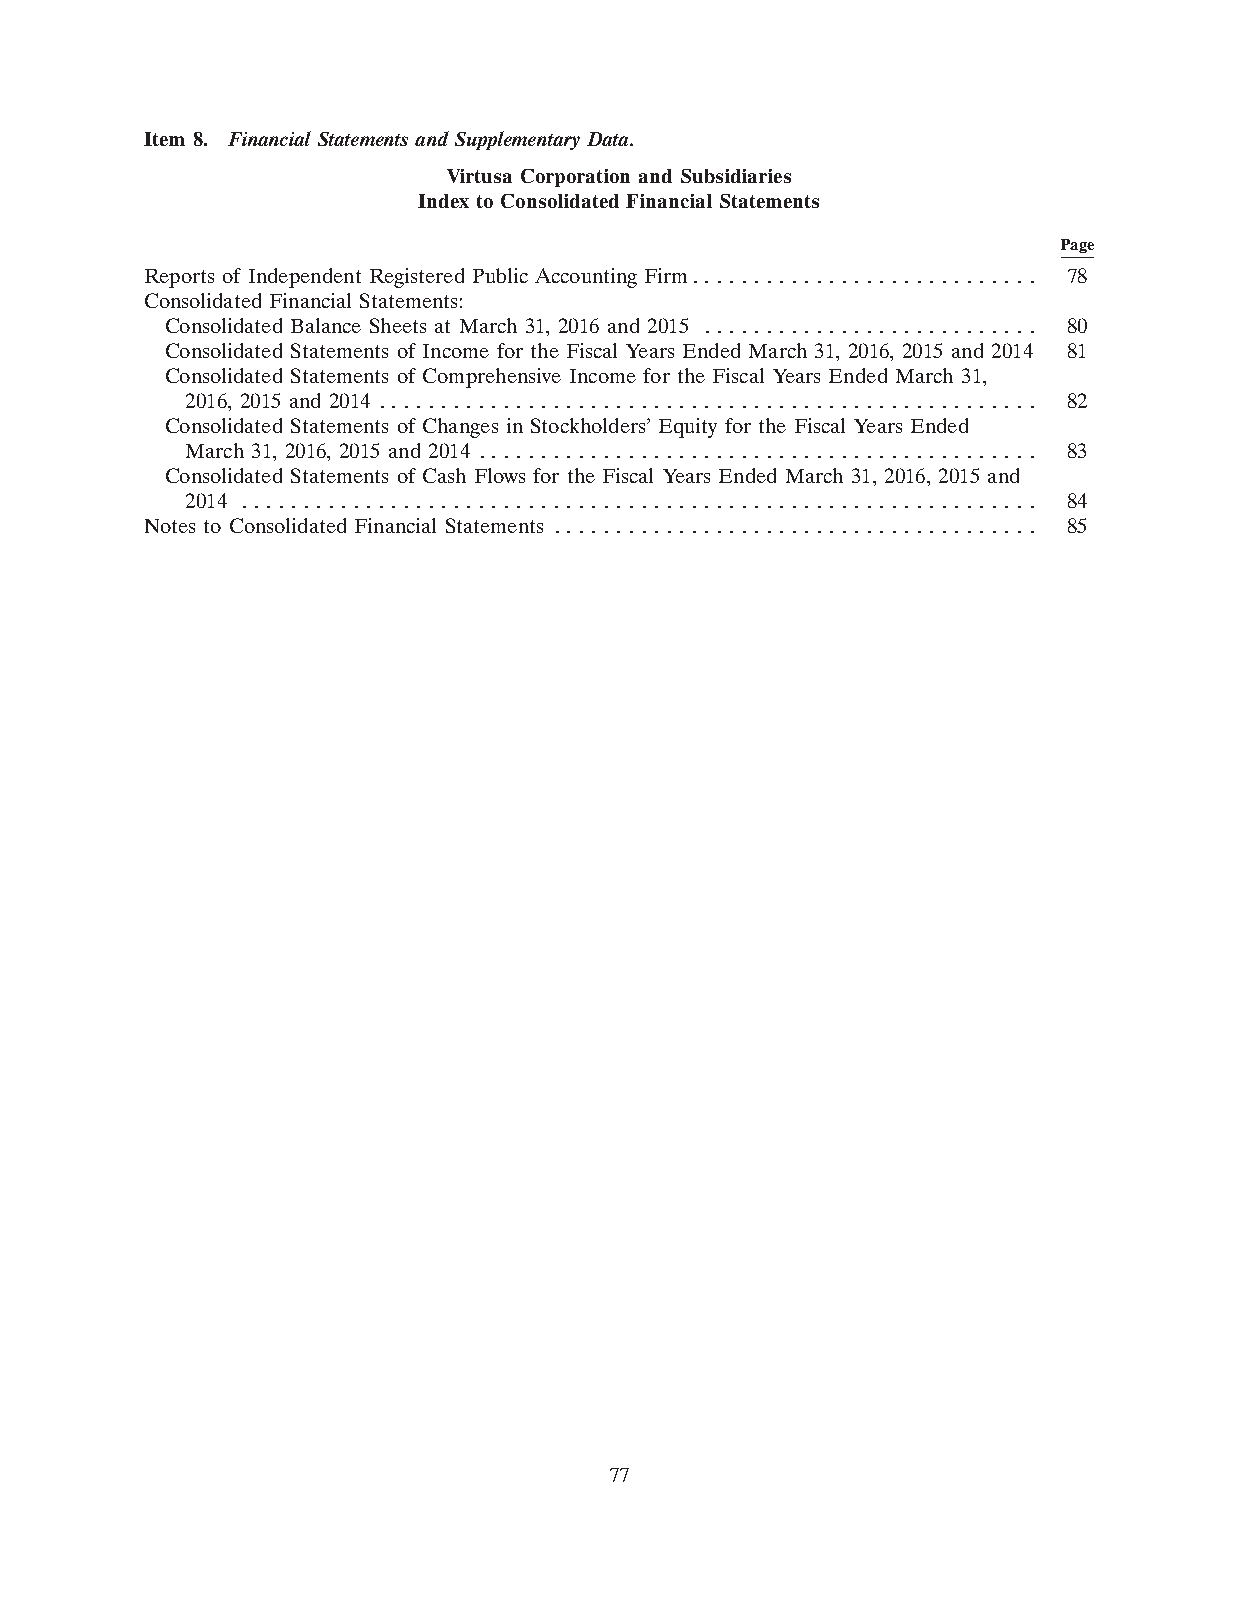
Item 8. Financial Statements and Supplementary Data.
 Virtusa Corporation and Subsidiaries
 Index to Consolidated Financial Statements
 Page
 Reports of Independent Registered Public Accounting Firm. . . . . . . . . . . . . . . . . . . . . . . . . . . . 78
 Consolidated Financial Statements:
 Consolidated Balance Sheets at March 31, 2016 and 2015 . . . . . . . . . . . . . . . . . . . . . . . . . . . 80
 Consolidated Statements of Income for the Fiscal Years Ended March 31, 2016, 2015 and 2014 81
 Consolidated Statements of Comprehensive Income for the Fiscal Years Ended March 31,
 2016, 2015 and 2014 . . . . . . . . . . . . . . . . . . . . . . . . . . . . . . . . . . . . . . . . . . . . . . . . . . . . . 82
 Consolidated Statements of Changes in Stockholders’ Equity for the Fiscal Years Ended
 March 31, 2016, 2015 and 2014 . . . . . . . . . . . . . . . . . . . . . . . . . . . . . . . . . . . . . . . . . . . . . 83
 Consolidated Statements of Cash Flows for the Fiscal Years Ended March 31, 2016, 2015 and
 2014 . . . . . . . . . . . . . . . . . . . . . . . . . . . . . . . . . . . . . . . . . . . . . . . . . . . . . . . . . . . . . . . . 84
 Notes to Consolidated Financial Statements . . . . . . . . . . . . . . . . . . . . . . . . . . . . . . . . . . . . . . . 85
 77